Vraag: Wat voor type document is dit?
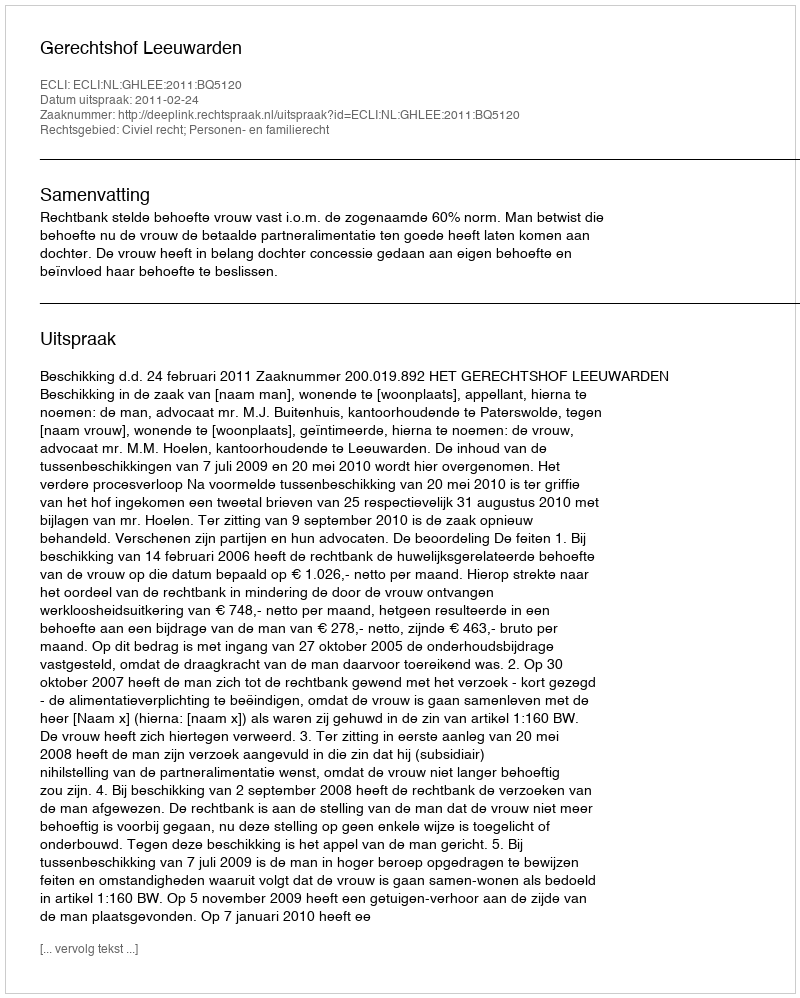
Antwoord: Uitspraak